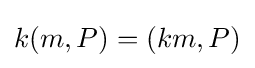
k(m,P)=(km,P)